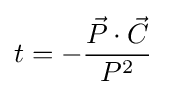
t=-{{\vec {P}}\cdot {\vec {C}} \over P^{2}}~